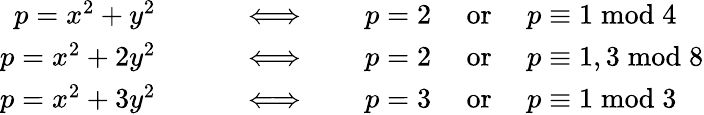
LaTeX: \begin{array}{rl}{p=x^{2}+y^{2}\qquad}&{{}\Longleftrightarrow\qquad p=2\quad{\mathrm{~or~}}\quad p\equiv 1{\bmod{4}}}\\ {p=x^{2}+2y^{2}\qquad}&{{}\Longleftrightarrow\qquad p=2\quad{\mathrm{~or~}}\quad p\equiv 1,3{\bmod{8}}}\\ {p=x^{2}+3y^{2}\qquad}&{{}\Longleftrightarrow\qquad p=3\quad{\mathrm{~or~}}\quad p\equiv 1{\bmod{3}}}\end{array}